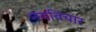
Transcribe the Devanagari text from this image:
नवविचार